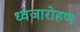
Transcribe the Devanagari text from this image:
ध्‍वजारोहण